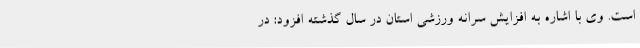
است. وی با اشاره به افزایش سرانه ورزشی استان در سال گذشته افزود: در